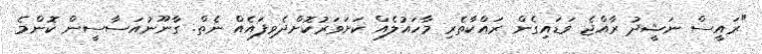
"ރައީސް ނަޝީދު ރާއްޖެ ވަޑައިގެން ރައްކާތެރި މާހައުލެއް ކަށަވަރުކޮށްދެވިފައެއް ނެތް. ގާނޫނުއަސާސީން ކޮންމެ